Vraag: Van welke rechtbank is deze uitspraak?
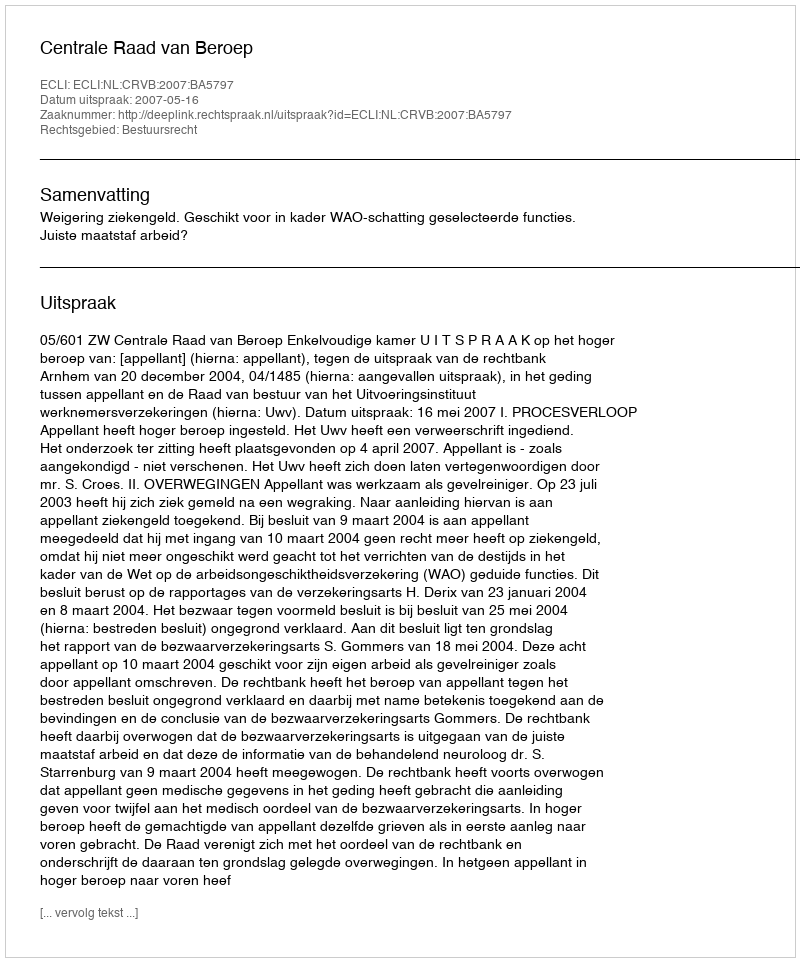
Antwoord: Centrale Raad van Beroep